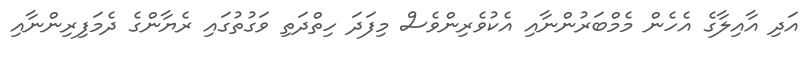
އަދި އާއިލާގެ އެހެން މެމްބަރުންނާއި އެކުވެރިންވެސް މިފަދަ ހިތްދަތި ވަގުތުގައި ރެޔާންގެ ދެމަފިރިންނާއި